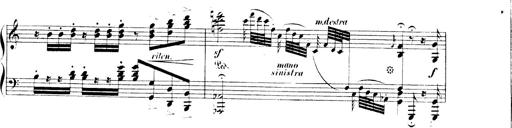
Title: 3 Chansons
Composer: Franz Liszt